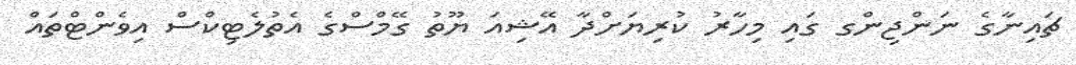
ޗައިނާގެ ނަންޖިންގ ގައި މިހާރު ކުރިޔަށްދާ އޭޝިއަ ޔޫތު ގޭމްސްގެ އެތުލެޓިކްސް އިވެންޓްތައް